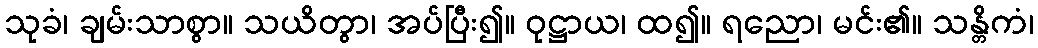
သုခံ၊ ချမ်းသာစွာ။ သယိတွာ၊ အပ်ပြီး၍။ ဝုဋ္ဌာယ၊ ထ၍။ ရညော၊ မင်း၏။ သန္တိကံ၊